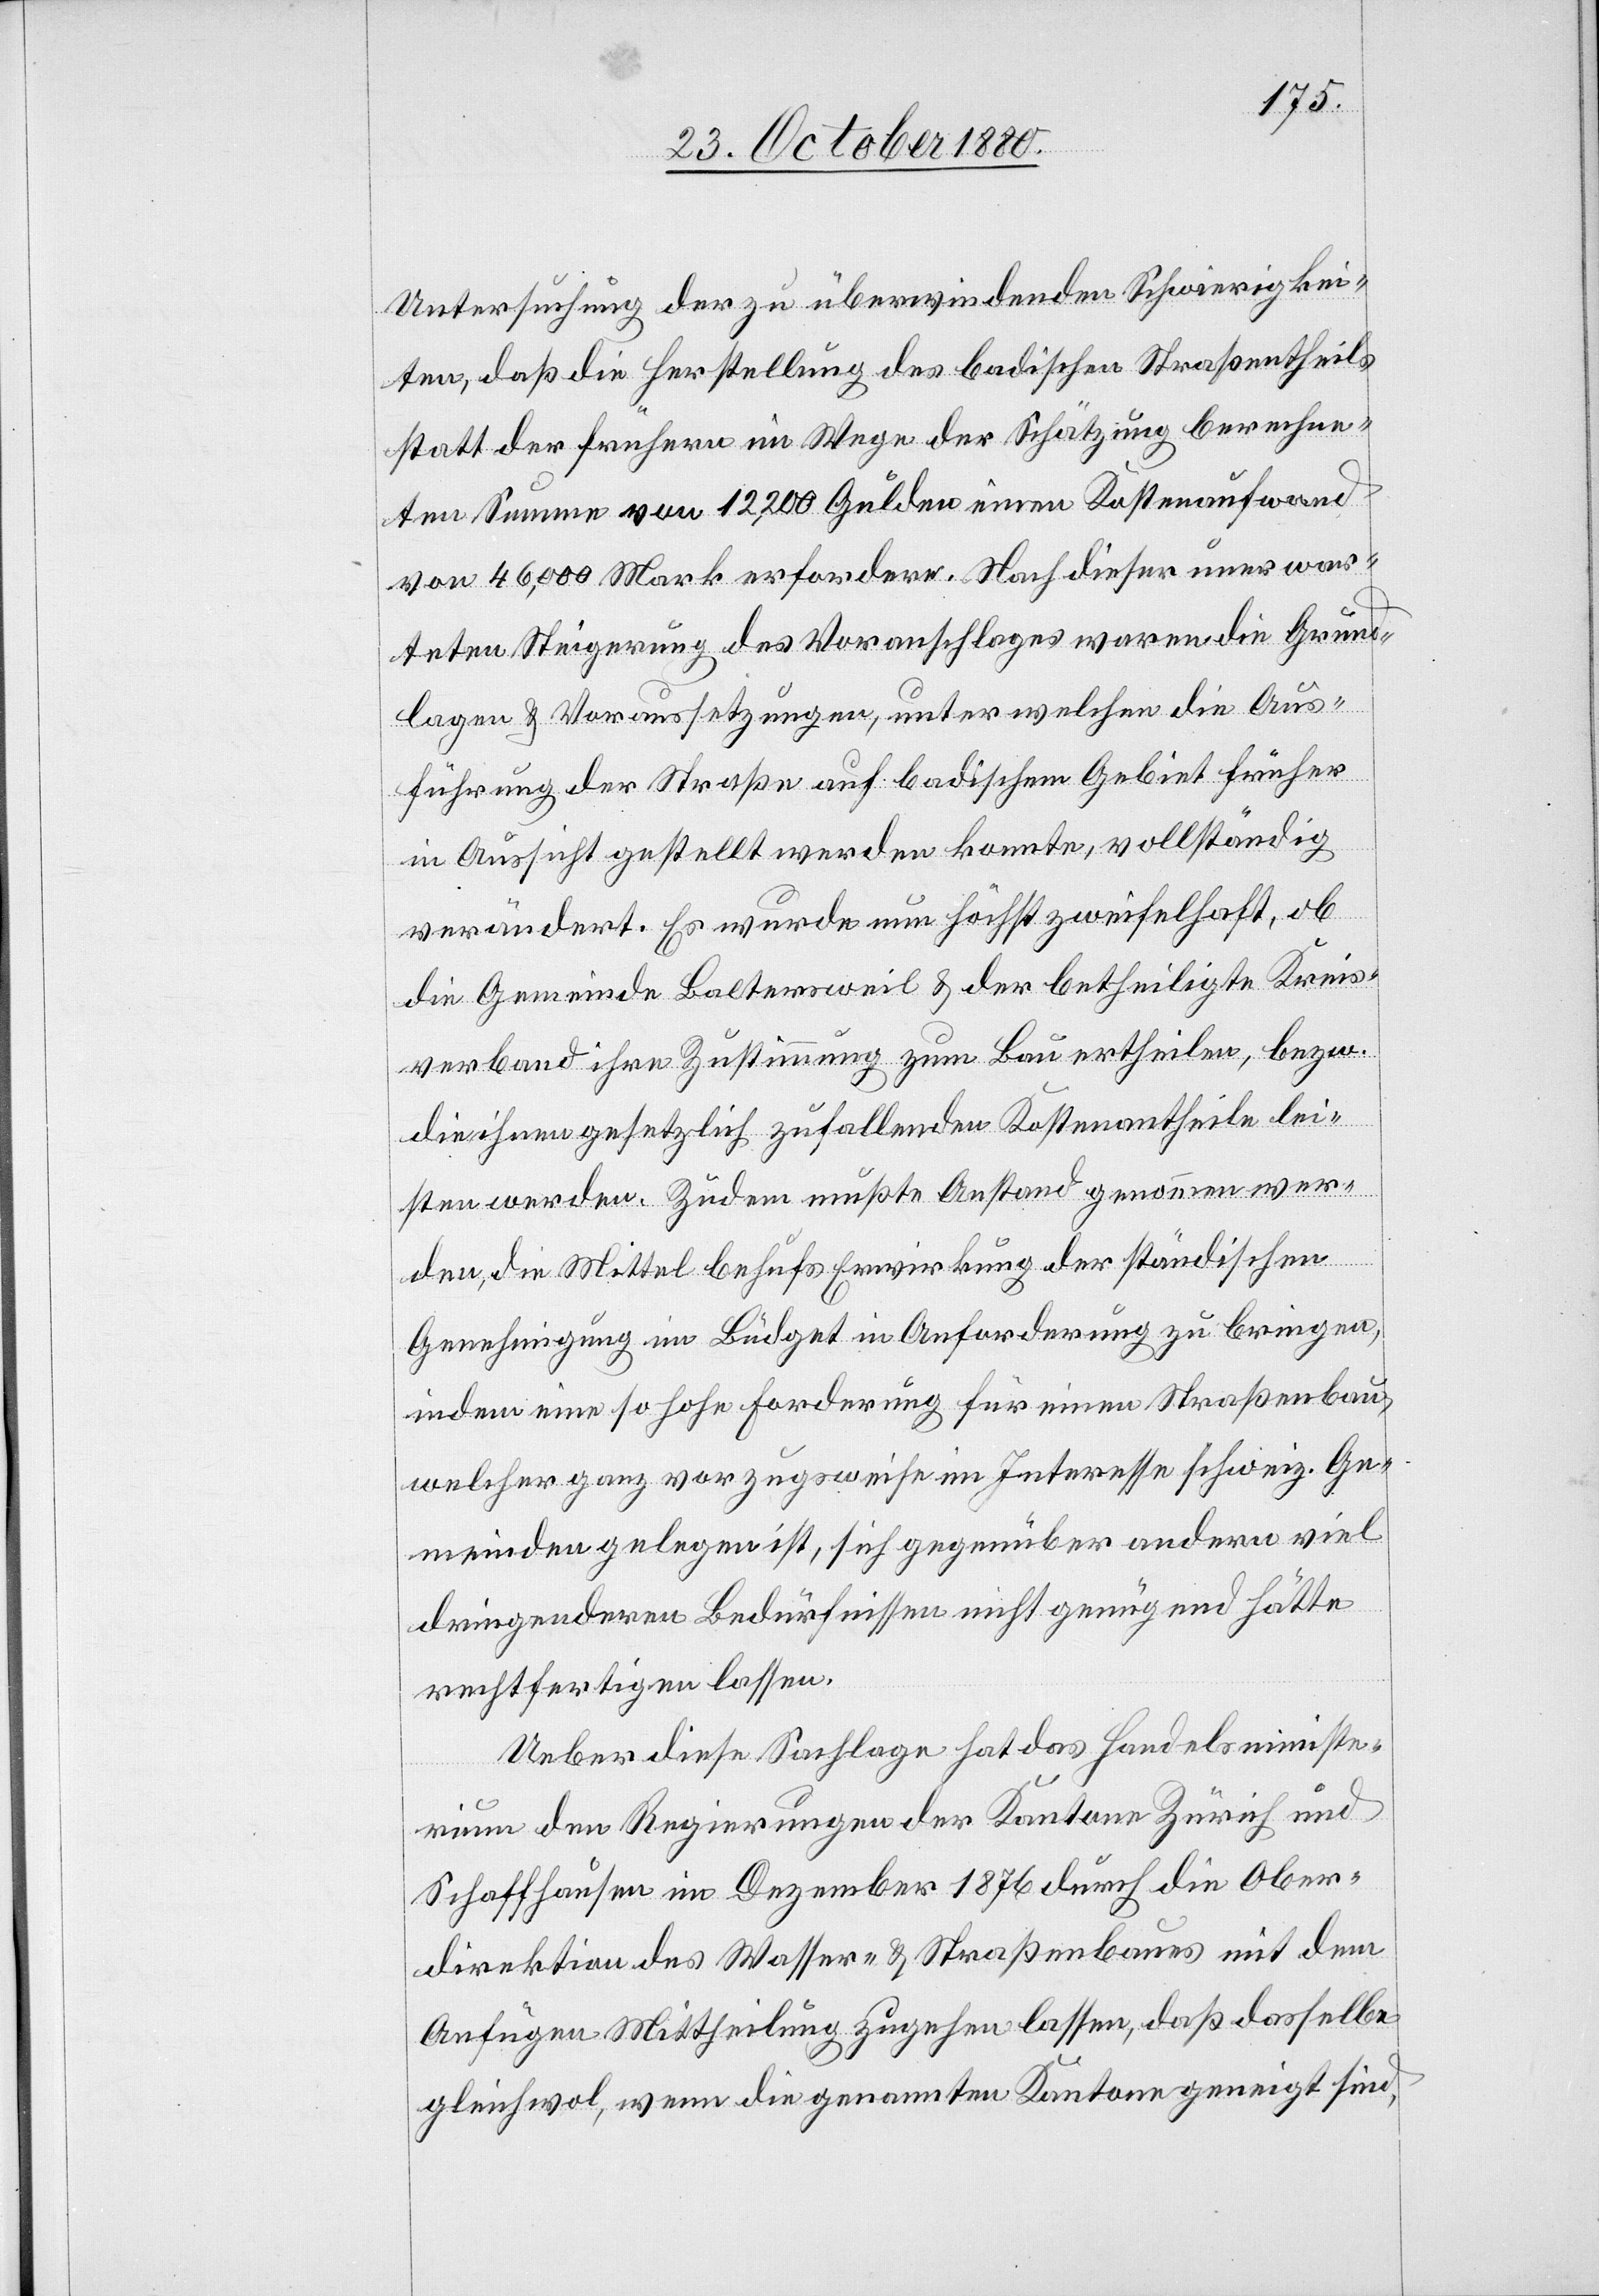
Untersuchung der zu überwindenden Schwierigkei¬
ten, daß die Herstellung des badischen Straßentheils
statt der frühern im Wege der Schätzung berechne¬
ten Summe von 12,200 Gulden einen Kostenaufwand
von 46,000 Mark erfordere. Nach dieser unerwar¬
teten Steigerung des Voranschlages waren die Grund¬
lagen & Voraussetzungen, unter welchen die Aus¬
führung der Straße auf badischem Gebiet früher
in Aussicht gestellt werden konnte, vollständig
verändert. Es wurde nun höchst zweifelhaft, ob
die Gemeinde Baltersweil & der betheiligte Kreis¬
verband ihre Zustimmung zum Bau ertheilen, bezw.
die ihnen gesetzlich zufallenden Kostenantheile lei¬
sten werden. Zudem mußte Anstand genommen wer¬
den, die Mittel behufs Erwirkung der ständischen
Genehmigung im Büdget in Anforderung zu bringen,
indem eine so hohe Forderung für einen Straßenbau,
welcher ganz vorzugsweise im Interesse schweiz. Ge¬
meinden gelegen ist, sich gegenüber andern viel
dringenderen Bedürfnissen nicht genügend hätte
rechtfertigen lassen.
Ueber diese Sachlage hat das Handelsministe¬
rium den Regierungen der Kantone Zürich und
Schaffhausen im Dezember 1876 durch die Ober¬
direktion des Wasser- & Straßenbaues mit dem
Anfügen Mittheilung zugehen lassen, daß dasselbe
gleichwol, wenn die genannten Kantone geneigt sind,